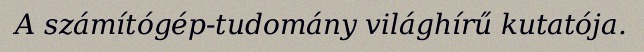
A számítógép-tudomány világhírű kutatója.